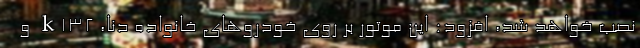
نصب خواهد شد، افزود: این موتور بر روی خودروهای خانواده دنا، k132 و